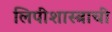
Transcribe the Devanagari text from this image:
लिपीशास्त्राची